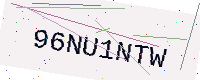
Text: 96NU1NTW